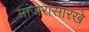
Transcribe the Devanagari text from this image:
मांजरासारखे